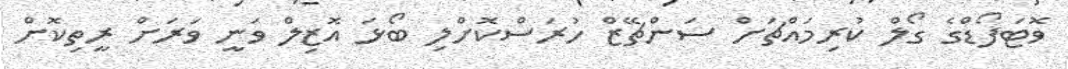
ވޮޓަފޯޑްގެ ގޯލް ކުރިމައްޗަށް ސަންޗޭޒް ހުރަސްކޮށްލި ބޯޅަ އޮޒިލް ވަނީ ވަރަށް ރީތިކޮށް